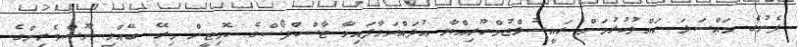
ފެނުގެ މައްސަލަ ހައްލުކުރުމަށް ރައީސުލްޖުމްހޫރިއްޔާ އުފައްދަވާފައިވާ ޓާސްކްފޯސްގެ ކޮމިޓީން މިރޭ ބޭއްވި ނޫސްވެރިންގެ